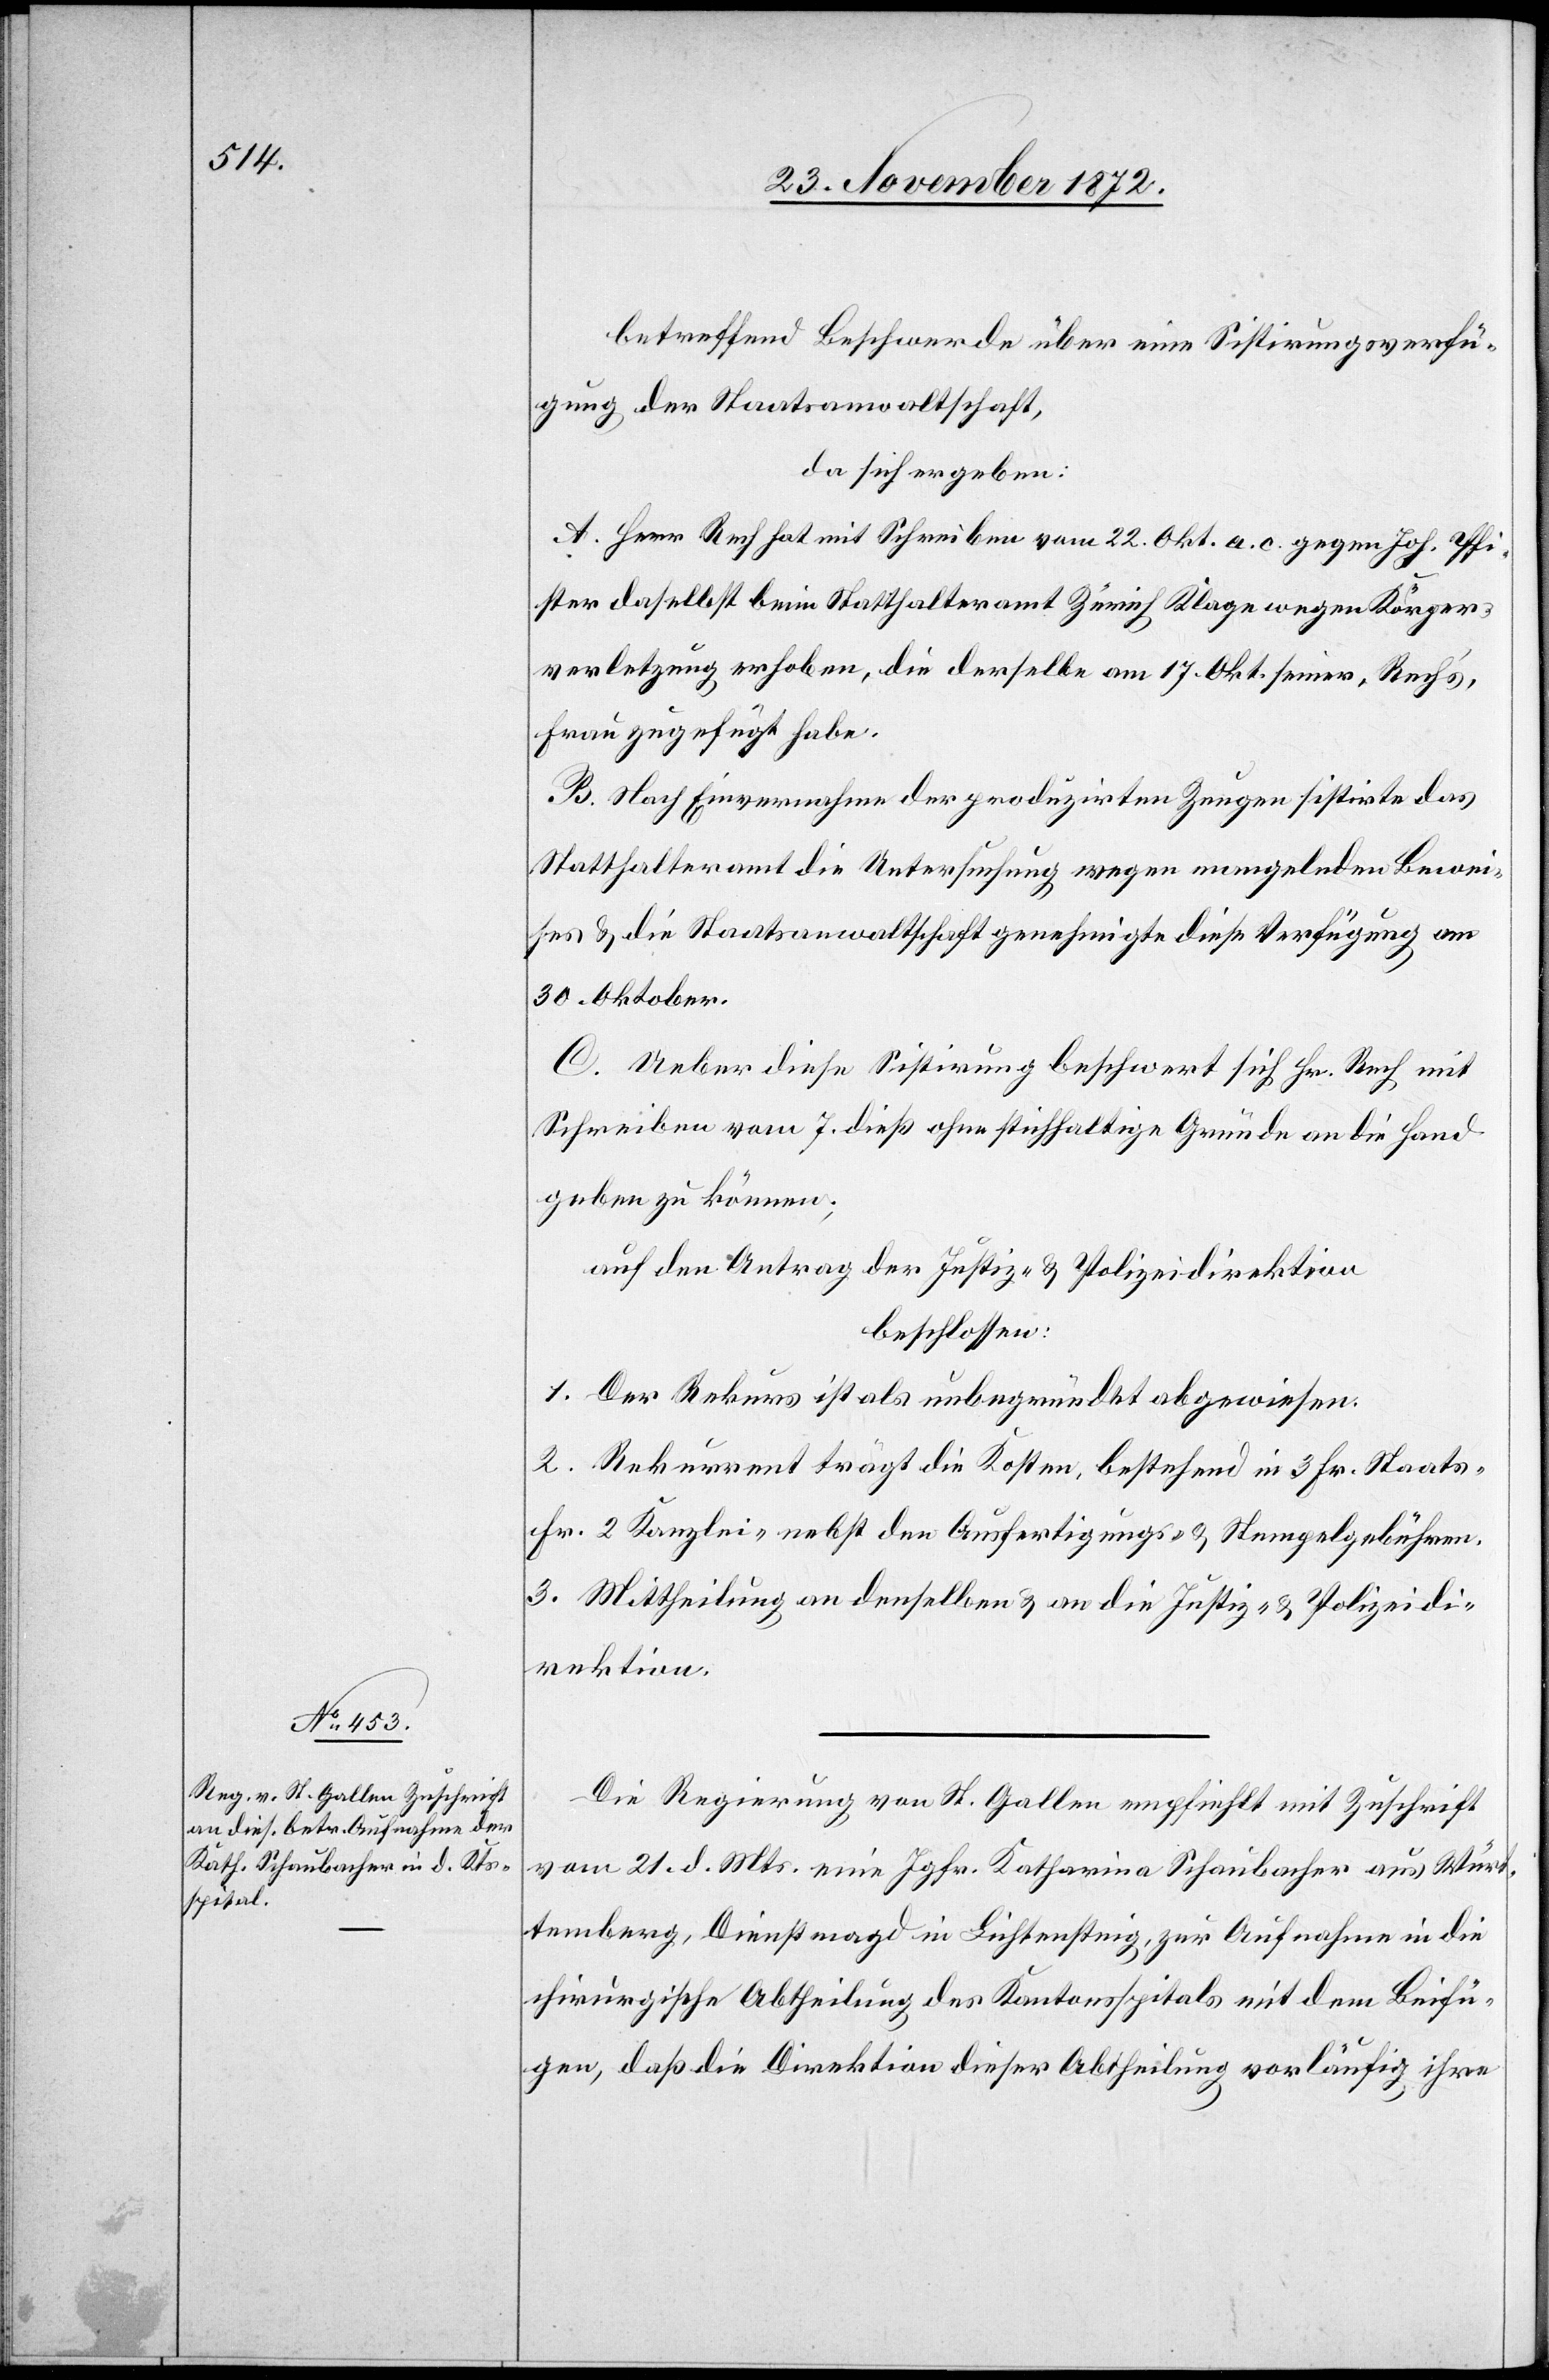
betreffend Beschwerde über eine Sistirungsverfü¬
gung der Staatsanwaltschaft,
da sich ergeben:
A. Herr Rech hat mit Schreiben vom 22. Okt. a. c. gegen Joh. Pfi¬
ster daselbst beim Statthalteramt Zürich Klage wegen Körper¬
verletzung erhoben, die derselbe am 17. Okt. seiner, Rech’s,
Frau zugefügt habe.
B. Nach Einvernahme der produzirten Zeugen sistirte das
Statthalteramt die Untersuchung wegen mangelnden Bewei¬
ses u. die Staatsanwaltschaft genehmigte diese Verfügung am
30. Oktober.
C. Ueber diese Sistirung beschwert sich Hr. Rech mit
Schreiben vom 7. dieß ohne stichhaltige Gründe an die Hand
geben zu können;
auf den Antrag der Justiz- u. Polizeidirektion
beschlossen:
1. Der Rekurs ist als unbegründet abgewiesen.
2. Rekurrent trägt die Kosten, bestehend in 3 Fr. Staats-
Fr. 2 Kanzlei- nebst den Ausfertigungs- u. Stempelgebühren.
3. Mittheilung an denselben u. an die Justiz- u. Polizeidi¬
rektion.
Die Regierung von St. Gallen empfiehlt mit Zuschrift
vom 21. d. Mts. eine Jgfr. Katharina Schaubacher aus Würt¬
temberg, Dienstmagd in Lichtensteig, zur Aufnahme in die
chirurgische Abtheilung des Kantonsspital mit dem Beifü¬
gen, daß die Direktion dieser Abtheilung vorläufig ihre